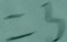
= 3